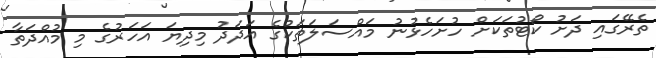
ތެރޭގައި ދަށު ކޯޓުތަކަށް ހުށަހެޅުނު މައްސަލަތަކުގެ އަދަދު މިދިޔަ އަހަރުގެ މި މުއްދަތާ